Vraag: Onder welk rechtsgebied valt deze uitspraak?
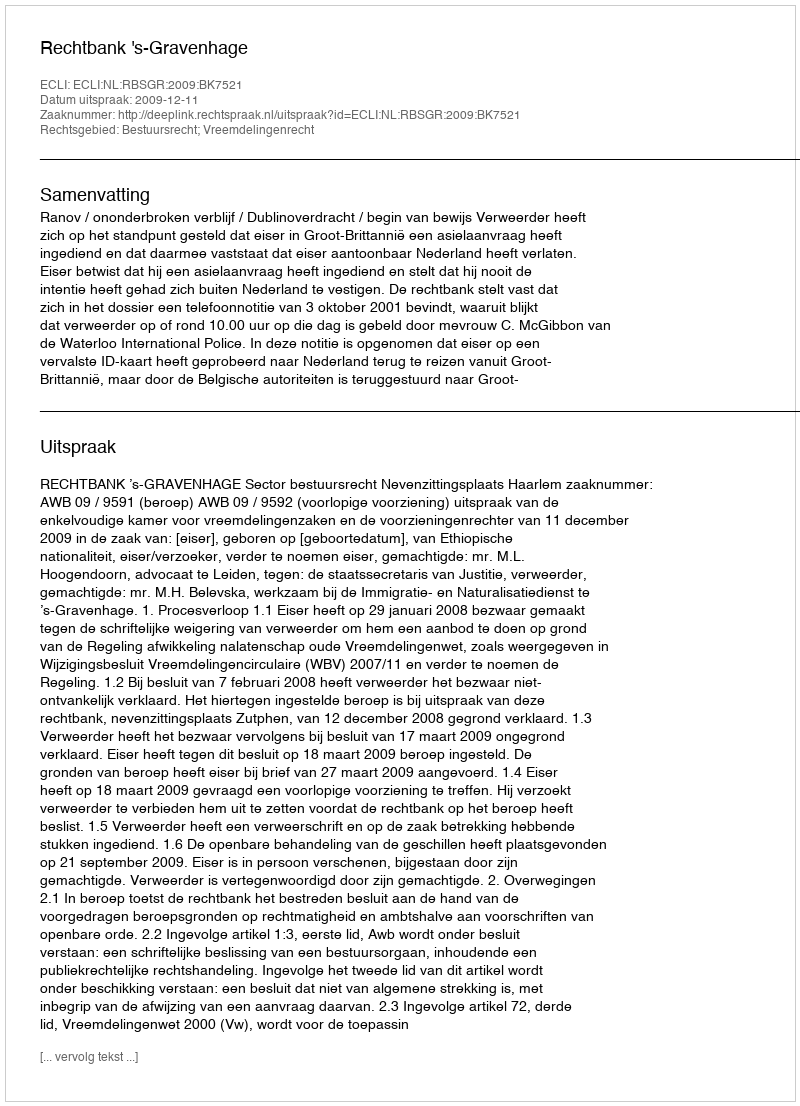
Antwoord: Bestuursrecht; Vreemdelingenrecht